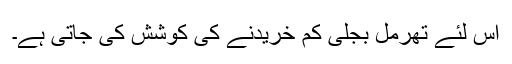
اس لئے تھرمل بجلی کم خریدنے کی کوشش کی جاتی ہے۔